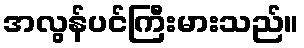
အလွန်ပင်ကြီးမားသည်။